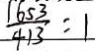
\frac { 1 6 5 3 } { 4 1 3 } = 1